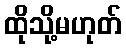
ထိုသို့မဟုတ်